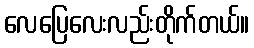
လေပြေလေးလည်းတိုက်တယ်။